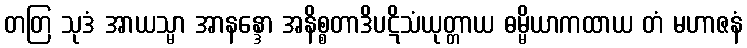
တတြ သုဒံ အာယသ္မာ အာနန္ဒော အနိစ္စတာဒိပဋိသံယုတ္တာယ ဓမ္မိယာကထာယ တံ မဟာဇနံ